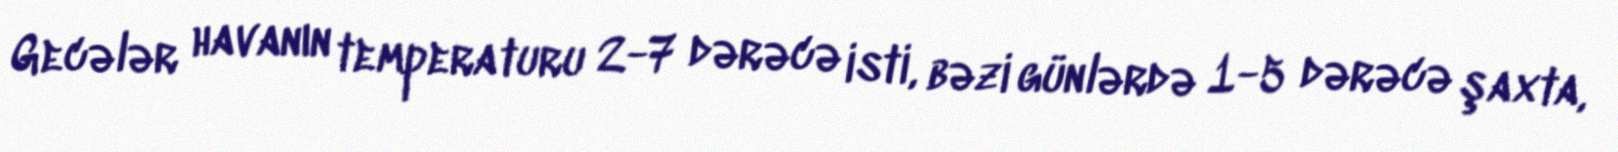
Gecələr havanın temperaturu 2-7 dərəcə isti, bəzi günlərdə 1-5 dərəcə şaxta,